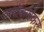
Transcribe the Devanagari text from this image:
क्लॉकमेकर